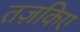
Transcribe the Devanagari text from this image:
तज़किए